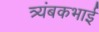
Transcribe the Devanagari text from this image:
त्र्यंबकभाई